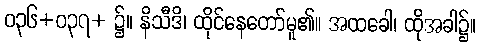
ဝ၃၆+ဝ၃၇+ ၌။ နိသီဒိ၊ ထိုင်နေတော်မူ၏။ အထခေါ၊ ထိုအခါ၌။